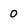
Character: 0